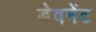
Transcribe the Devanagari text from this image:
डेवनेंट